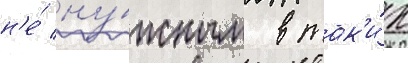
н'е́ ну́жным в так'и́х